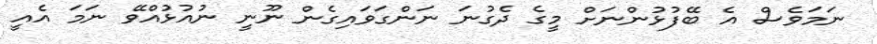
ނަމަވެސް އެ ބޭފުޅުންނަށް މީގެ ދެގުނަ ނަންގަވައިގެން ނޫނީ ނުއުޅުއްވޭ ނަމަ އެއީ